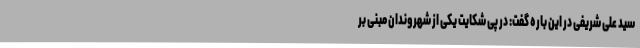
سید علی شریفی در این باره گفت: در پی شکایت یکی از شهروندان مبنی بر